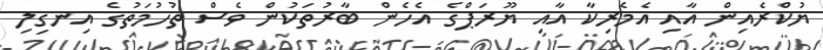
ޔުކްރެއިން އާއި އެމެރިކާ އާއި ޔޫރަޕްގެ އެހެން ބާރުތަކުން ވެސް ތުހުމަތުގެ އިނގިލި